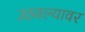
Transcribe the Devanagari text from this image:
उठवल्यावर